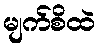
မျက်စိထဲ